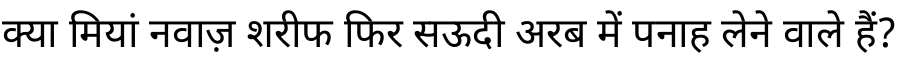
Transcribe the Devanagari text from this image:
क्या मियां नवाज़ शरीफ फिर सऊदी अरब में पनाह लेने वाले हैं?